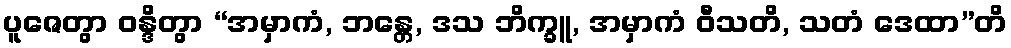
ပူဇေတွာ ဝန္ဒိတွာ “အမှာကံ, ဘန္တေ, ဒသ ဘိက္ခူ, အမှာကံ ဝီသတိ, သတံ ဒေထာ”တိ